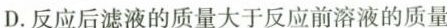
D.反应后滤液的质量大于反应前溶液的质量